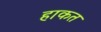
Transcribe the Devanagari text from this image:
हाकत